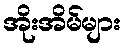
အိုးအိမ်များ